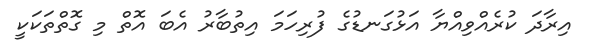
އިރާދަ ކުރެއްވިއްޔާ އަޅުގަނޑުގެ ފުރިހަމަ އިތުބާރު އެބަ އޮތް މި ގޮތްތަކަކީ